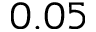
0 . 0 5